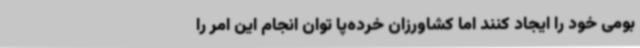
بومی خود را ایجاد کنند اما کشاورزان خرده‌پا توان انجام این امر را